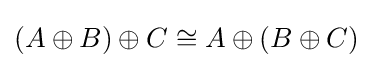
(A\oplus B)\oplus C\cong A\oplus (B\oplus C)